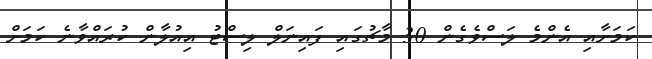
ކަމަށާއި އެންމެ ލަސްވެގެން 30 މާޗުގައި ފައިނަލް ލިސްޓު އިއުލާން ކުރައްވާނެ ކަމަށް